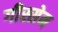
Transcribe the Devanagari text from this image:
गीस्सेन